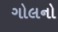
ગોલનો